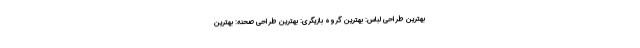
بهترین طراحی لباس: بهترین گروه بازیگری: بهترین طراحی صحنه: بهترین